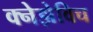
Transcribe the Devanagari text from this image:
क्नेझेविच